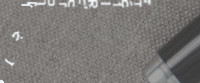
متجر الأحذية الرجالية: تش